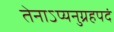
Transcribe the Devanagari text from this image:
तेनाऽप्यनुग्रहपदं